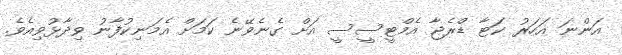
އަންނަ އަހަރު ކަޓާ ޑްރެޖާ އެމްޓީސީސީ އަށް ގެނެވޭނެ ކަމަށް އެމަނިކުފާނު ވިދާޅުވިއެވެ.